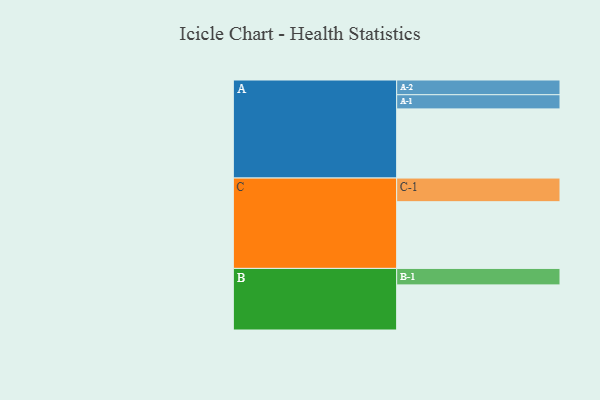
{"axis": {"x": "Segment", "y": "Value"}, "legend": ["", "A", "B", "C"], "data": [{"x": "A", "y": 512, "type": ""}, {"x": "B", "y": 334, "type": ""}, {"x": "C", "y": 494, "type": ""}, {"x": "A-1", "y": 105, "type": "A"}, {"x": "A-2", "y": 109, "type": "A"}, {"x": "B-1", "y": 122, "type": "B"}, {"x": "C-1", "y": 175, "type": "C"}]}